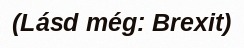
(Lásd még: Brexit)